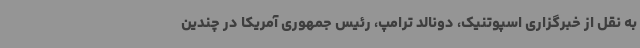
به نقل از خبرگزاری اسپوتنیک، دونالد ترامپ، رئیس جمهوری آمریکا در چندین